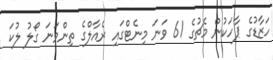
ހަޒާޑުގެ ޕާހަކުން މެޗުގެ 61 ވަނަ މިނެޓްގައި ރެއާލްގެ ތިންވަނަ ގޯލު ލުކަ